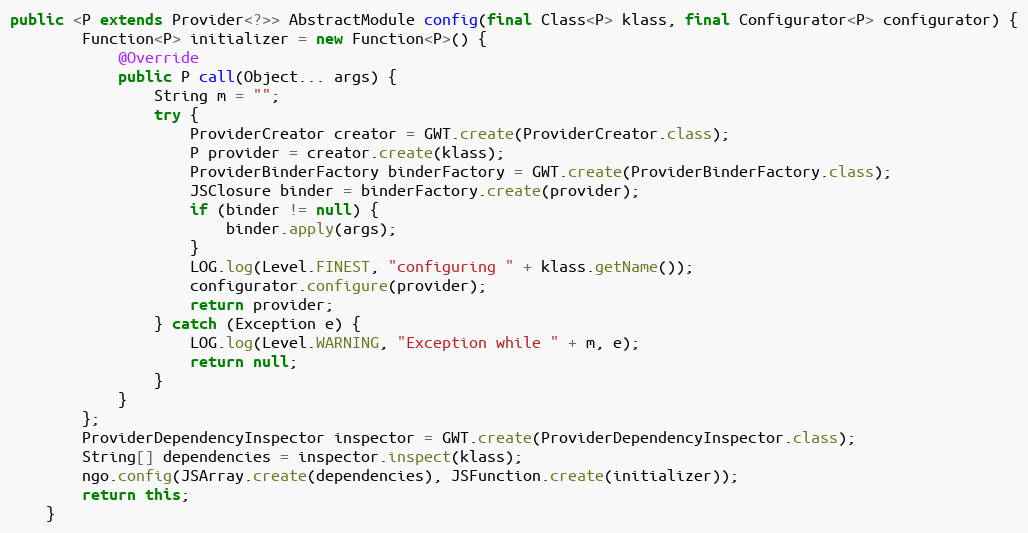
Language: Java
public <P extends Provider<?>> AbstractModule config(final Class<P> klass, final Configurator<P> configurator) {
        Function<P> initializer = new Function<P>() {
            @Override
            public P call(Object... args) {
                String m = "";
                try {
                    ProviderCreator creator = GWT.create(ProviderCreator.class);
                    P provider = creator.create(klass);
                    ProviderBinderFactory binderFactory = GWT.create(ProviderBinderFactory.class);
                    JSClosure binder = binderFactory.create(provider);
                    if (binder != null) {
                        binder.apply(args);
                    }
                    LOG.log(Level.FINEST, "configuring " + klass.getName());
                    configurator.configure(provider);
                    return provider;
                } catch (Exception e) {
                    LOG.log(Level.WARNING, "Exception while " + m, e);
                    return null;
                }
            }
        };
        ProviderDependencyInspector inspector = GWT.create(ProviderDependencyInspector.class);
        String[] dependencies = inspector.inspect(klass);
        ngo.config(JSArray.create(dependencies), JSFunction.create(initializer));
        return this;
    }